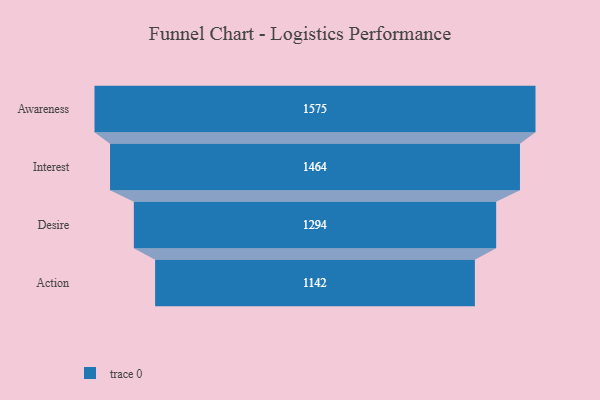
{"axis": {"x": "Stage", "y": "Value"}, "legend": [""], "data": [{"x": "Awareness", "y": 1575.0, "type": ""}, {"x": "Interest", "y": 1464.0, "type": ""}, {"x": "Desire", "y": 1294.0, "type": ""}, {"x": "Action", "y": 1142.0, "type": ""}]}